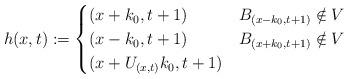
LaTeX: \begin{align*}h(x,t) := \begin{cases}(x+k_0, t+1 ) & B_{(x - k_0, t+1 )} \notin V \\(x- k_0, t+1 ) & B_{(x + k_0, t+1 )} \notin V \\(x + U_{(x,t)} k_0, t+1 ) & \end{cases}\end{align*}